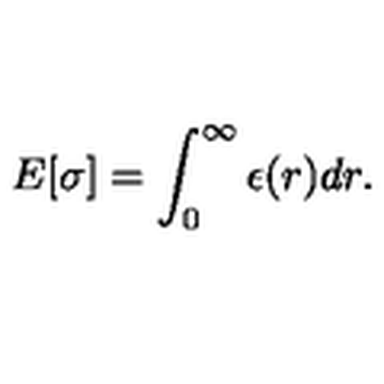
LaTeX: E [ \sigma ] = \int _ { 0 } ^ { \infty } \epsilon ( r ) d r .